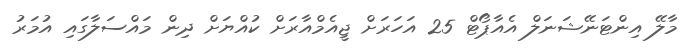
މާލޭ އިންޓަނޭޝަނަލް އެއާޕޯޓް 25 އަހަރަށް ޖީއެމްއާރަށް ކުއްޔަށް ދިން މައްސަލާގައި އުމަރު